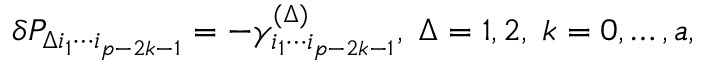
\delta { \cal P } _ { \Delta i _ { 1 } \cdots i _ { p - 2 k - 1 } } = - \gamma _ { i _ { 1 } \cdots i _ { p - 2 k - 1 } } ^ { ( \Delta ) } , \; \Delta = 1 , 2 , \; k = 0 , \ldots , a ,